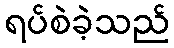
ရပ်စဲခဲ့သည်